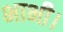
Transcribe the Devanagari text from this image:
भाभी।